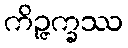
ကိဉ္ဇက္ခဿ